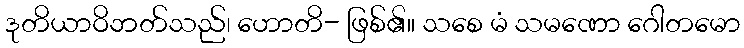
ဒုတိယာဝိဘတ်သည်၊ ဟောတိ- ဖြစ်၏။ သစေ မံ သမဏော ဂေါတမော